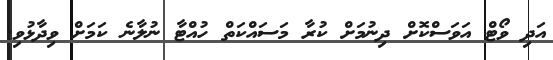
އަދި ވޯޓް އަވަސްކޮށް ދިނުމަށް ކުރާ މަސައްކަތް ހުއްޓާ ނުލާނެ ކަމަށް ވިދާޅުވި.